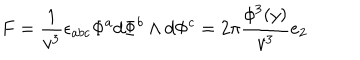
LaTeX: F = \frac 1 { v ^ { 3 } } \epsilon _ { a b c } \Phi ^ { a } d \Phi ^ { b } \wedge d \Phi ^ { c } = 2 \pi \frac { \phi ^ { 3 } ( y ) } { v ^ { 3 } } e _ { 2 }